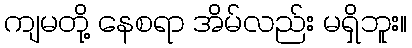
ကျမတို့ နေစရာ အိမ်လည်း မရှိဘူး။